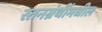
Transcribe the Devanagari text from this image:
स्तनग्रंथींमधील